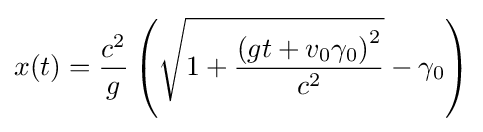
x(t)={\frac {c^{2}}{g}}\left({\sqrt {1+{\frac {\left(gt+v_{0}\gamma _{0}\right)^{2}}{c^{2}}}}}-\gamma _{0}\right)